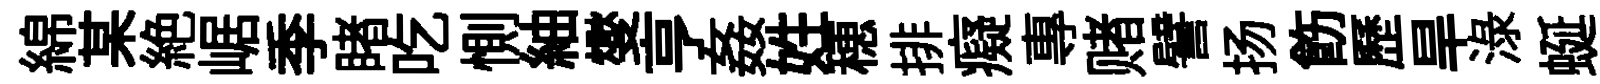
綿某絶崌季睹吃惻紬燮亨姦姓穂排癡專赌譬扬飭歷旱渌蜒